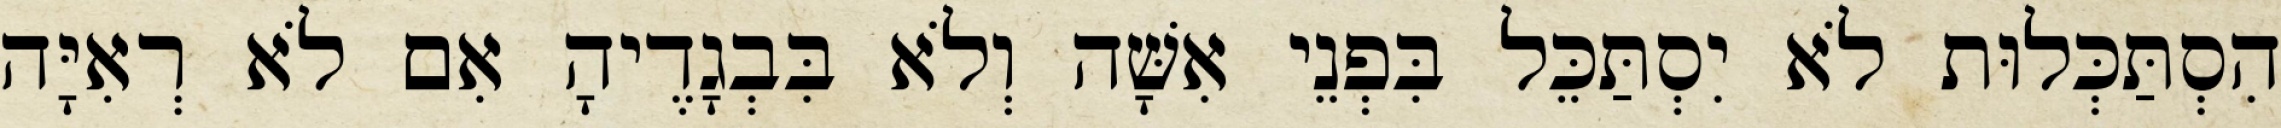
הִסְתַּכְּלוּת לֹא יִסְתַּכֵּל בִּפְנֵי אִשָּׁה וְלֹא בִּבְגָדֶיהָ אִם לֹא רְאִיָּה